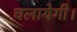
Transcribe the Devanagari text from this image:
चलायेगी।